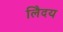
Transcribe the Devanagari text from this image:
लेिदय